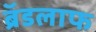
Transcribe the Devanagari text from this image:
ब्रॅडलाफ